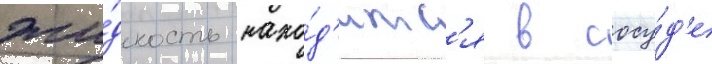
жи́дкость нахо́д'итс'я в сосу́д'е